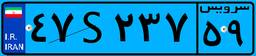
۴۷S۲۳۷۵۹